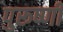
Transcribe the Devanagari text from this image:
पुरूष्णी